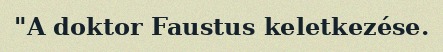
"A doktor Faustus keletkezése.